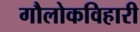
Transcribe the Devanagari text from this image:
गौलोकविहारी